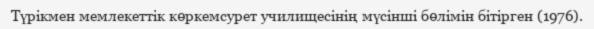
Түрікмен мемлекеттік көркемсурет училищесінің мүсінші бөлімін бітірген (1976).